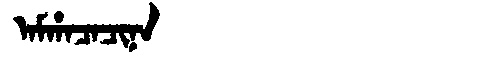
Manchu: ᠠᠮᡥᠠᠴᠠᠴᡳᠨᠠ
Romanization: AMHACACINA